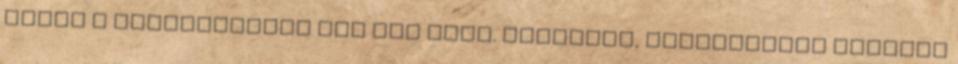
ahogy a nagykönyvben meg van írva. Gondolom, keserűséged elhunyt